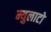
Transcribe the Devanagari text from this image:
म्युलाटो